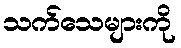
သက်သေများကို